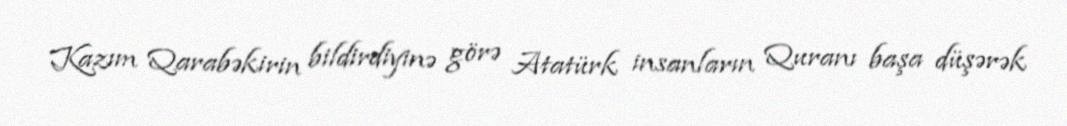
Kazım Qarabəkirin bildirdiyinə görə Atatürk insanların Quranı başa düşərək